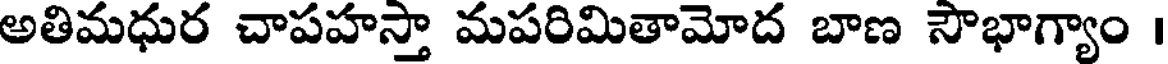
అతిమధుర చాపహస్తా మపరిమితామోద బాణ సౌభాగ్యాం